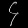
Digit: ၄